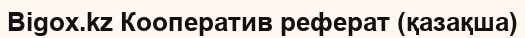
Bigox.kz Кооператив реферат (қазақша)